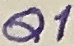
Text: Q1